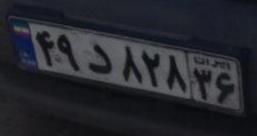
۴۹د۸۲۸۳